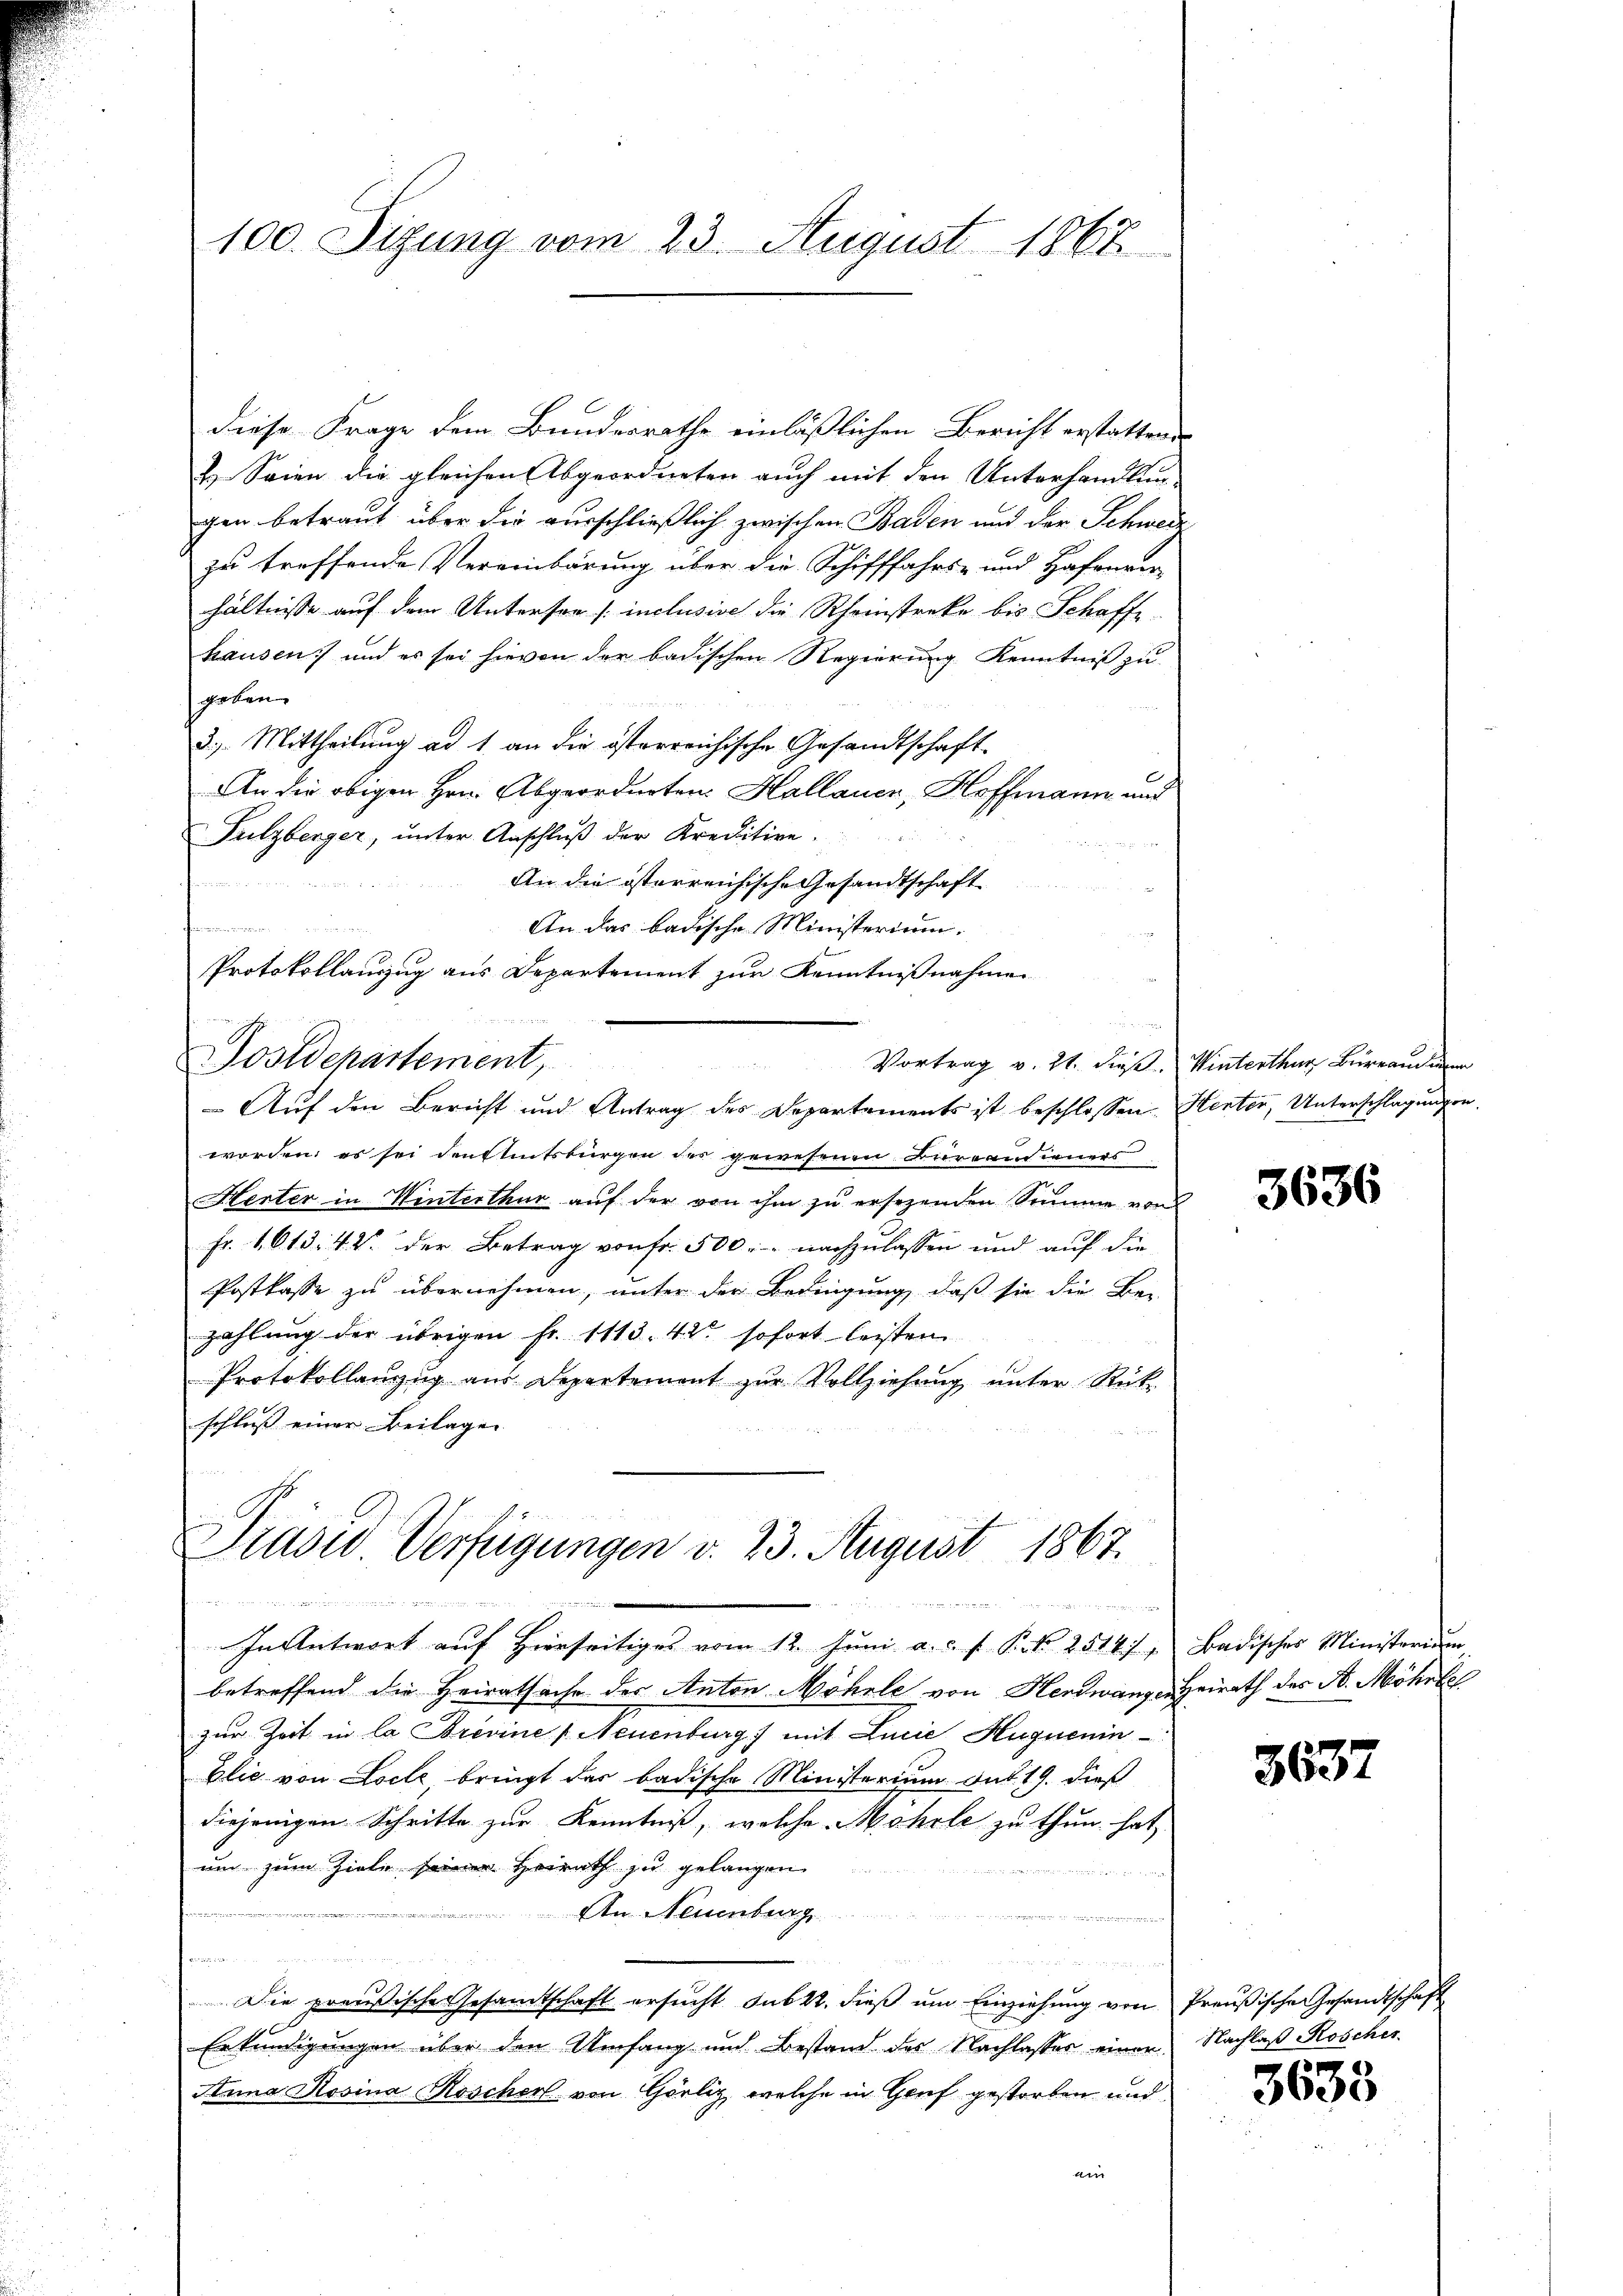
100. Sizung vom 23. August 1868

diese Frage dem Bundesrathe einläßlichen Bericht erstattener
u Seien die gleichen Abgeordneten auch mit den Unterhandlung
gen betraut über die ausschließlich zwischen Baden und der Schweiz,
zu treffende Vereinbärung über die Schifffahrs- und Hafenver-
hältnisse auf dem Unterson [inclusive die Rheinstreke bis Schaffe.
hausen :/ und es sei hievon der badischen Regierung Kenntniß zu
speten
3.) Mittheilung ad 1. an die österreichische Gesandtschaft-
An die obigen Hrn. Abgeordneten. Hallauer, Hoffmann und
Sulzberger, ŭnter Anschlŭβ der Kreditire.
An die österreichische Gesandtschaft
An das badische Ministerium.
i
Protokollauszug aus Departement zur Kenntnißnahmen
 ich des

Postdepartement,

Auf den Bericht und Antrag des Departements ist beschlossen: Hektor, Unterschlagungen.
.
worden, es sei den Amtsbürgen des gewesenen Bureaudieners
Herter in Winterthur auf der von ihm zu ersezenden Stumme von
Fr. 1613. 42. der Betrag von Fr. 500. nachzulassen und auf die
Postkasse zu übernehmen, unter der Bedingung, daß sie die Be-
zahlŭng der übrigen Fr. 1113. 42 sofort leisten
Protokollanzug aus Departement zur Vollziehung unter Rück-
schluß einer Beilagen

Prasis Verfügungen d. 23. August 1867.

i

In Antwort auf Hierseitiges vom 12. Juni a. c. f. P. Nr. 2514/ 1 Badisches Ministerium
betreffend die Heiratsache der Anton Möhrle von Hendwangen Heirath des N. Möhrle
zur Zeit in la Streine Neuenburg) mit Linie Huguenin¬
Elie von Loche bringt das badische Ministerium Ant. 19. dieß
diejenigen Schritte zur Kenntniß, welche Mohrle zu thun hat,
um zum Ziele seiner Heirath zu gelangen
An Neuenburg
e
n
Die preußische Gesandtschaft ersucht sub 22. dieß um Einziehung von Preußische Gesandtschaft
Erkundigungen über den Umfang und Bestand des Nachlasses einer Nachlaß Koscher
Anna Rosina Roscherl von Görlig, welche in Genf gestorben und
ain

Vortrag v. 21. dieß. Winterthur Büreaudi

3636

3637

3633